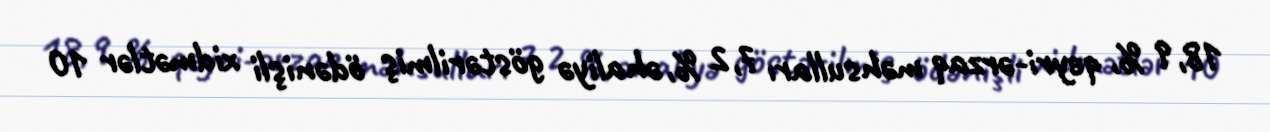
18,9 %, qeyri-ərzaq məhsulları 7,2 %, əhaliyə göstərilmiş ödənişli xidmətlər 10